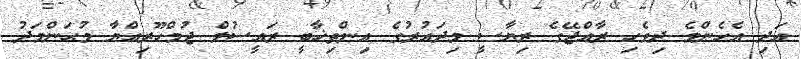
އަދި އެހެންމެ ދިވެހި ރާއްޖޭގެ ރިޔާސީ މިދައުރުގެ އިންތިޚާބީ ރައީސުލް ޖުމްހޫރިއްޔާ މުޙަންމަދު